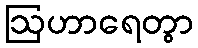
ဩဟာရေတွာ